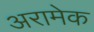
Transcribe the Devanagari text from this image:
अरामेक